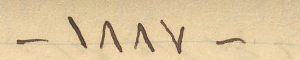
-١٨٨٧-